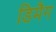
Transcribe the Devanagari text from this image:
डिमैग